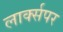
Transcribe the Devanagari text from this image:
लार्क्सपर